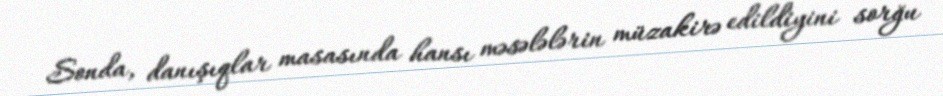
Sonda, danışıqlar masasında hansı məsələlərin müzakirə edildiyini sorğu